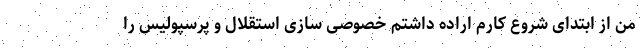
من از ابتدای شروع کارم اراده داشتم خصوصی سازی استقلال و پرسپولیس را